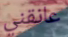
عانقني